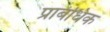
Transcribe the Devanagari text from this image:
प्राबंधिक